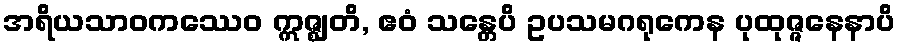
အရိယသာဝကဿေဝ ဣဇ္ဈတိ, ဧဝံ သန္တေပိ ဥပသမဂရုကေန ပုထုဇ္ဇနေနာပိ